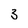
Character: 3